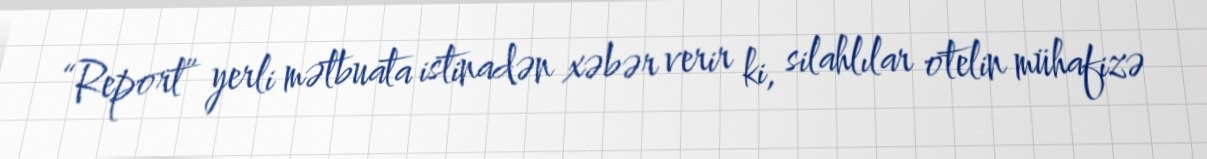
“Report” yerli mətbuata istinadən xəbər verir ki, silahlılar otelin mühafizə